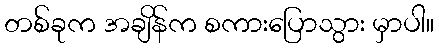
တစ်ခုက အချိန်က စကားပြောသွား မှာပါ။